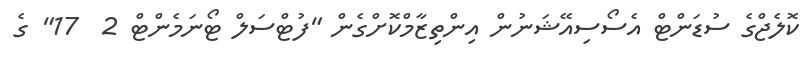
ކޮލެޖްގެ ސުޑަންޓް އެސޯސިއޭޝަނުން އިންތިޒާމްކޮށްގެން "ފުޓްސަލް ޓޯނަމެންޓް 2  17" ގެ